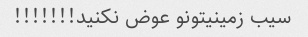
سیب زمینیتونو عوض نکنید!!!!!!!